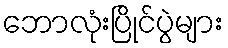
ဘောလုံးပြိုင်ပွဲများ